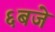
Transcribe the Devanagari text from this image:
६बजे